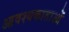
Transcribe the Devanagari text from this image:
आवश्यकाताओं